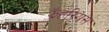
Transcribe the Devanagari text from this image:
झॅहरियस